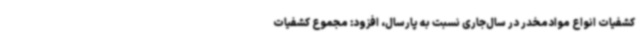
کشفیات انواع موادمخدر در سال‌جاری نسبت به پارسال، افزود: مجموع کشفیات